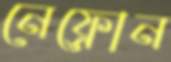
নেফ্রোন